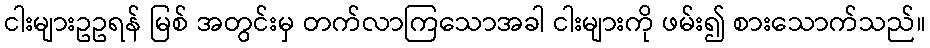
ငါးများဥဥရန် မြစ် အတွင်းမှ တက်လာကြသောအခါ ငါးများကို ဖမ်း၍ စားသောက်သည်။